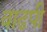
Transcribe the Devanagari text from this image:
वाढपी